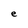
Character: e